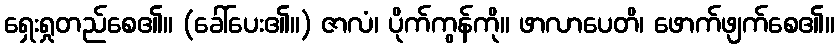
ရှေးရှုတည်စေ၏။ (ခေါ်ပေး၏။) ဇာလံ၊ ပိုက်ကွန်ကို။ ဖာလာပေတိ၊ ဖောက်ဖျက်စေ၏။